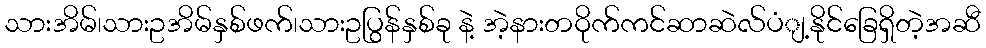
သားအိမ်၊သားဥအိမ်နှစ်ဖက်၊သားဥပြွန်နှစ်ခု နဲ့ အဲ့နားတဝိုက်ကင်ဆာဆဲလ်ပံျ့နိုင်ခြေရှိတဲ့အဆီ